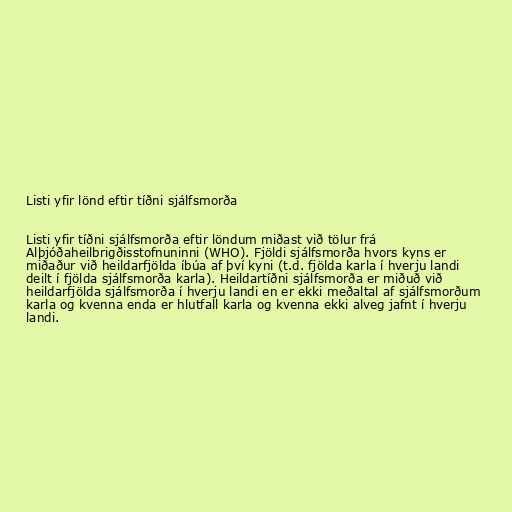
Listi yfir lönd eftir tíðni sjálfsmorða

Listi yfir tíðni sjálfsmorða eftir löndum miðast við tölur frá
Alþjóðaheilbrigðisstofnuninni (WHO). Fjöldi sjálfsmorða hvors kyns er
miðaður við heildarfjölda íbúa af því kyni (t.d. fjölda karla í hverju landi
deilt í fjölda sjálfsmorða karla). Heildartíðni sjálfsmorða er miðuð við
heildarfjölda sjálfsmorða í hverju landi en er ekki meðaltal af sjálfsmorðum
karla og kvenna enda er hlutfall karla og kvenna ekki alveg jafnt í hverju
landi.